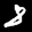
Label: 8